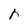
Character: r